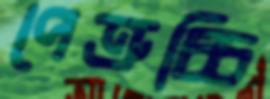
পেত্রুচ্চি